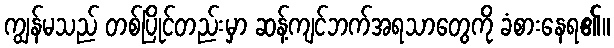
ကျွန်မသည် တစ်ပြိုင်တည်းမှာ ဆန့်ကျင်ဘက်အရသာတွေကို ခံစားနေရ၏။